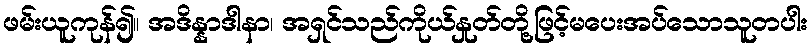
ဖမ်းယူကုန်၍။ အဒိန္နာဒါနာ၊ အရှင်သည်ကိုယ်နှုတ်တို့ဖြင့်မပေးအပ်သောသူတပါး